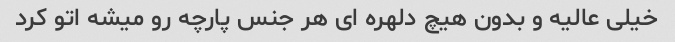
خیلی عالیه و بدون هیچ دلهره ای هر جنس پارچه رو میشه اتو کرد